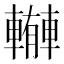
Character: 𨎼